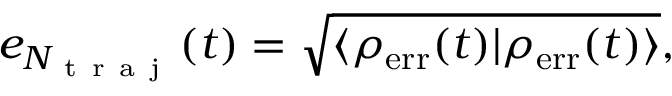
e _ { N _ { \mathrm { ~ t ~ r ~ a ~ j ~ } } } ( t ) = \sqrt { \langle \rho _ { \mathrm { e r r } } ( t ) | \rho _ { \mathrm { e r r } } ( t ) \rangle } ,